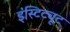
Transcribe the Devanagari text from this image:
इंस्टिट्यूट